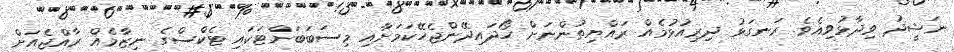
ނަޝީދު ވިދާޅުވިއެވެ. ރަނގަޅު ދިރިއުޅުމެއް ރައްޔިތުންނަށް ހޯދައިދޭންޖެހޭކަމަށާއި މިސަބަބަށްޓަކައި ޓެކްސްގެ ނިޒާމެއް ރާއްޖެއަށް